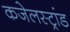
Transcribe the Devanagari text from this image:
कजेलस्ट्रांड